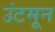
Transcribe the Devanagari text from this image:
उंटमून